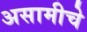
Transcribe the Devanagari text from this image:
असामीचे